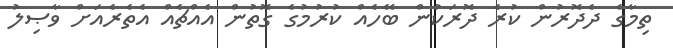
ތިމާގެ ދެދޮރުން ކުރެ ދޮރަކުން ބޭހެއް ކުރުމުގެ ގޮތުން އެއްޗެއް އެތެރެއަށް ވާޞިލު